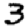
Digit: 3